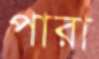
পারা